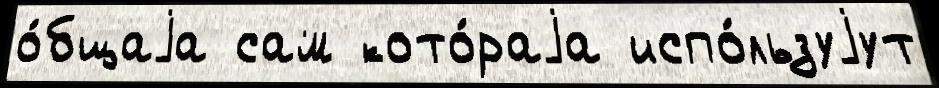
о́бщаjа сам кото́раjа испо́льзуjут